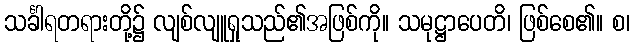
သင်္ခါရတရားတို့၌ လျစ်လျူရှုသည်၏အဖြစ်ကို။ သမုဋ္ဌာပေတိ၊ ဖြစ်စေ၏။ စ၊